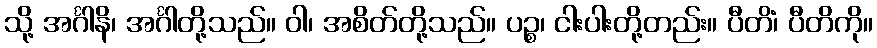
သို့ အင်္ဂါနိ၊ အင်္ဂါတို့သည်။ ဝါ၊ အစိတ်တို့သည်။ ပဉ္စ၊ ငါးပါးတို့တည်း။ ပီတိံ၊ ပီတိကို။